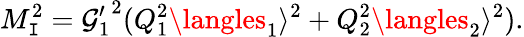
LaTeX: M_{\mathtt{I}}^{2}={\mathcal{G}_{1}^{\prime}}^{2}(Q_{1}^{2}\langles_{1}\rangle^{2}+Q_{2}^{2}\langles_{2}\rangle^{2}).